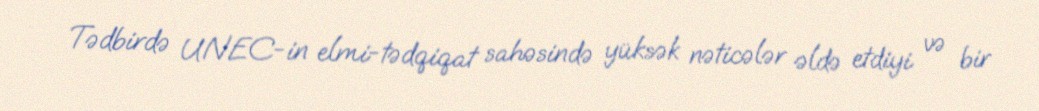
Tədbirdə UNEC-in elmi-tədqiqat sahəsində yüksək nəticələr əldə etdiyi və bir